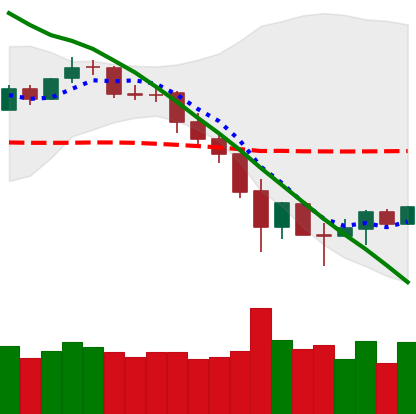
Ticker: BNB-USD
Chart end date: 2019-11-29
Forward return: -6.104%
Label: down_5_7